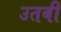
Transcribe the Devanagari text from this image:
उतबी